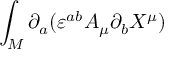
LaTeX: \int _ { \cal M } \partial _ { a } ( \varepsilon ^ { a b } A _ { \mu } \partial _ { b } X ^ { \mu } )